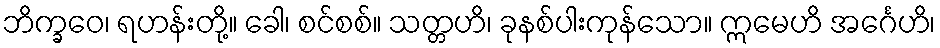
ဘိက္ခဝေ၊ ရဟန်းတို့။ ခေါ၊ စင်စစ်။ သတ္တဟိ၊ ခုနစ်ပါးကုန်သော။ ဣမေဟိ အင်္ဂေဟိ၊